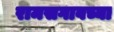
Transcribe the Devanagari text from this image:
रामसगावच्या